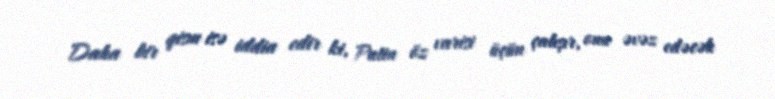
Daha bir qism isə iddia edir ki, Putin öz varisi üçün çalışır, onu əvəz edəcək